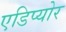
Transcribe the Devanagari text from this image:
एडिप्योर